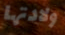
ولادتها